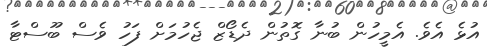
އުޅެ އެވެ. އެމީހުން ބުނާ ގޮތުން ދެޑޯޒް ޖެހުމަށް ފަހު ވެސް ބޫސްޓާ